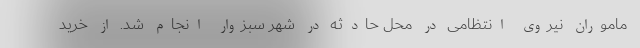
ماموران نیروی انتظامی در محل حادثه در شهر سبزوار انجام شد. از خرید